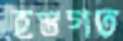
হস্তগত